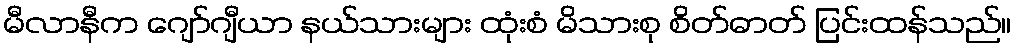
မီလာနီက ဂျော်ဂျီယာ နယ်သားများ ထုံးစံ မိသားစု စိတ်ဓာတ် ပြင်းထန်သည်။